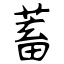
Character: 蓄